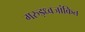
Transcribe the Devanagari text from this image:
गरुड़ध्वजांकित